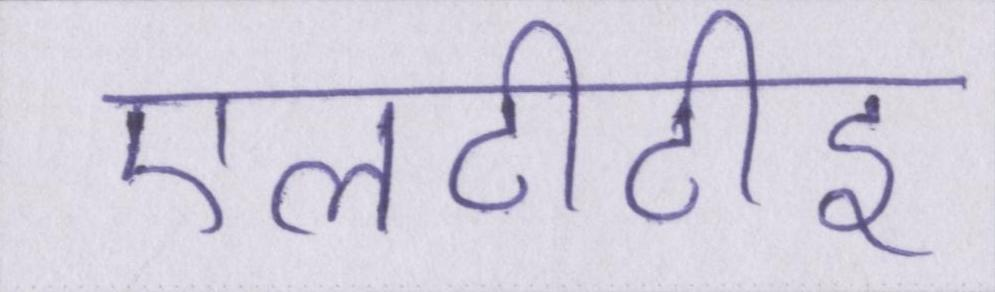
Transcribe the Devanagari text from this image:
एलटीटीइ